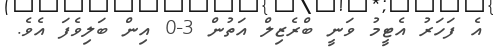
އެ ފަހަރު އެޓީމު ވަނީ ބްރެޒިލް އަތުން 3-0 އިން ބަލިވެފަ އެވެ.